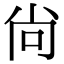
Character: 尙